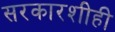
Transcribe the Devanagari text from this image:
सरकारशीही